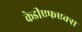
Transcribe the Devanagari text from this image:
केडीएफएक्स